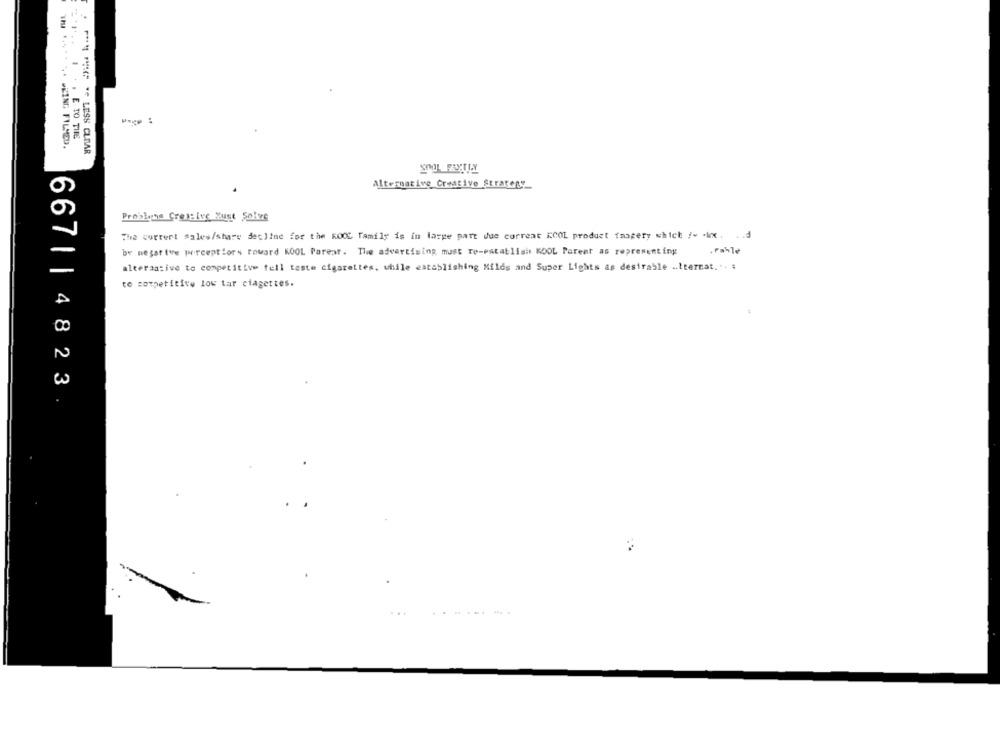
I . . E TO TIE
* ***** ** * ING FILMED.
P * LESS CLEAR
Alternative Creative Strategy
Problene Crom:Ive Yust Solve
The current sales/share decline for the KOOL family is in large part due corrent KCOL product imagery which /= \x .
br negative perceptlors toward KOOL Parear. The advertising must re-establish KOOL Porent as representing
alteraative to competitive full teste cigarettes, while establishing Milds and Super Lights as desirable .. tternat. .. :
to competitive low tar ciagettes.
667| |4823
.....